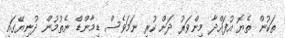
ތަކުން ތެޔޮ އުފައްދާ މިންވަރު ދަށް ކުރި ނަމަވެސް ޑިމާންޑް ނެތުމުން ދުނިޔޭގައި